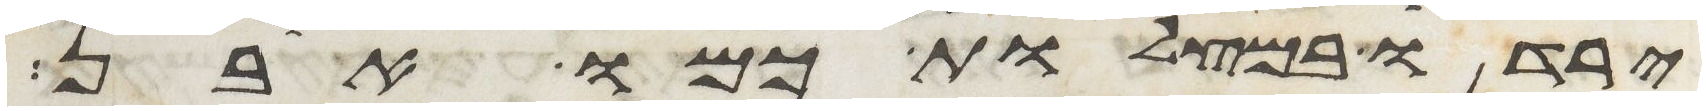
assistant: ירדו במצלות כמו אבן